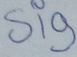
Text: sig